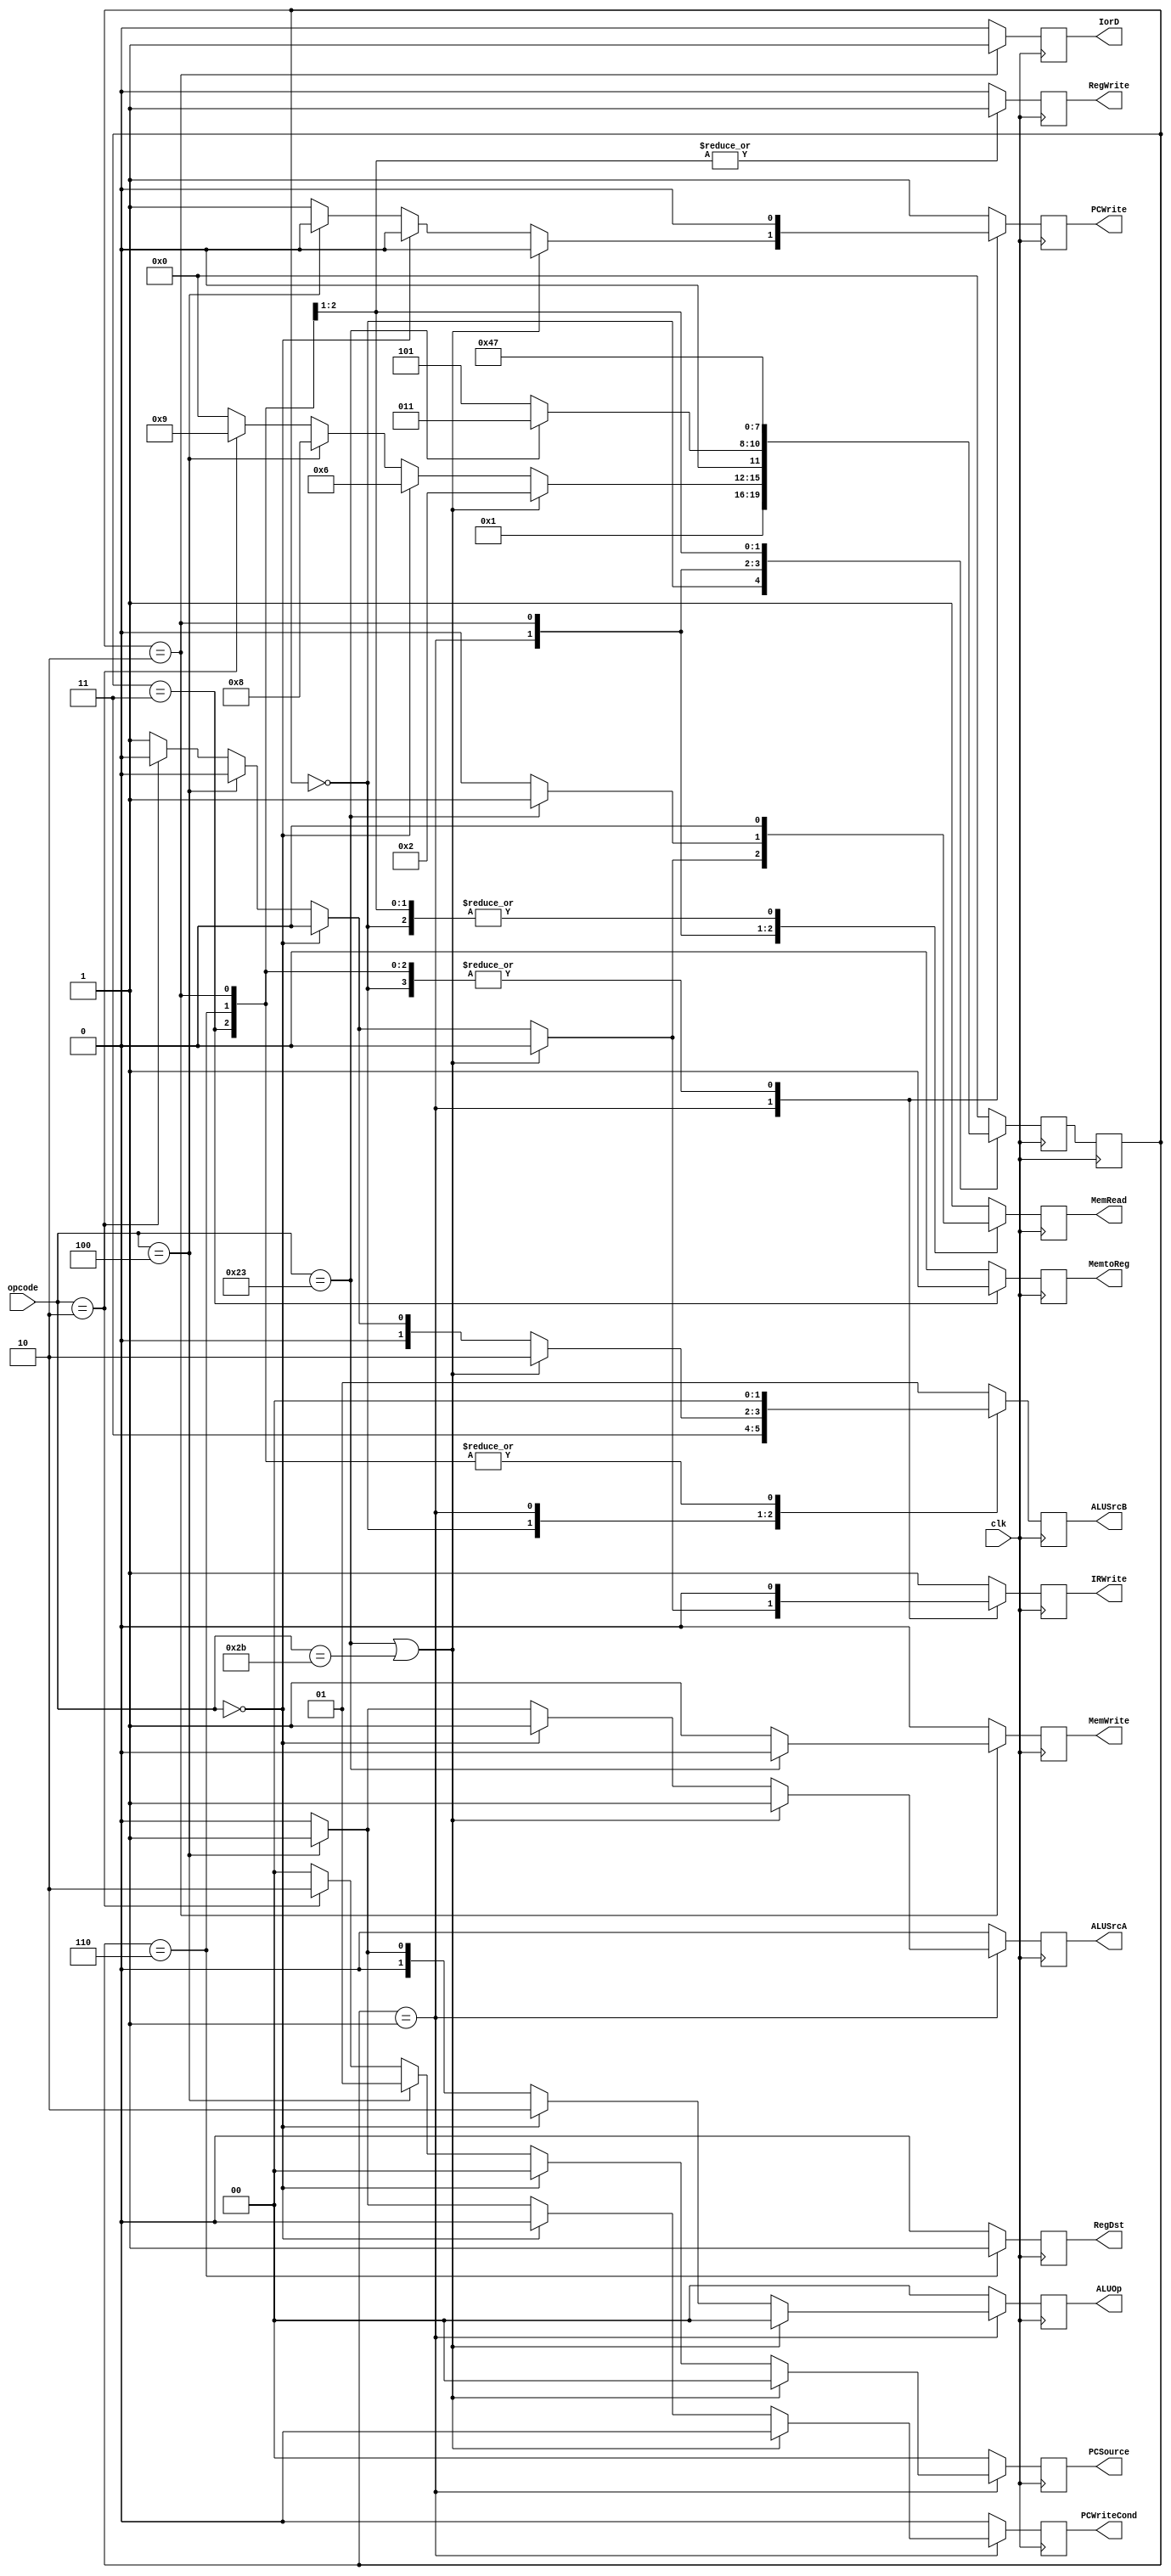

`timescale 1ns / 1ps

module  control(
    output reg PCWriteCond, PCWrite, IorD, MemRead, MemWrite, MemtoReg, IRWrite, RegDst,RegWrite,ALUSrcA, output reg [1:0] ALUSrcB,ALUOp,PCSource, input [5:0] opcode , input clk
    );

    //define 10 possible states in a finite state machine and their corresponding values

    parameter S0 = 4'b0000; //instruction fetch
    parameter S1 = 4'b0001; //instruction decode
    parameter S2 = 4'b0010; //Memory address calculation
    parameter S3 = 4'b0011; //Memory read
    parameter S4 = 4'b0100; //Write back to register file
    parameter S5 = 4'b0101; //Memory write
    parameter S6 = 4'b0110; //Execution
    parameter S7 = 4'b0111; //R type completion
    parameter S8 = 4'b1000; //Branch completion
    parameter S9 = 4'b1001; //Jump completion

    //define the current state and the next state
    reg [3:0] state, nextState;

    //initialize the state
    initial begin
        state = S0;
        nextState = S0;
        PCWriteCond = 0;
        PCWrite = 1;
        IorD = 0;
        MemRead = 1;
        MemWrite = 0;
        MemtoReg = 0;
        IRWrite = 1;
        RegDst = 0;
        RegWrite = 0;
        ALUSrcA = 0;
        ALUSrcB = 2'b01;
        ALUOp = 2'b00;
        PCSource = 2'b00;
        
    end

    //define the state transition logic
    always @(posedge clk) begin
        state <= nextState;
    end

    //define the next state logic

    //OPCODE: 000000 = R-type, 000100 = beq, 100011 = lw, 101011 = sw , 000010 = j

    always @(negedge clk) begin
        case (state)
            S0: begin
                nextState = S1;                
                PCWriteCond = 0;
                PCWrite = 0;
                IorD = 0;
                MemRead = 0;
                MemWrite = 0;
                MemtoReg = 0;
                IRWrite = 0;
                RegDst = 0;
                RegWrite = 0;
                ALUSrcA = 0;
                ALUSrcB = 2'b11;
                ALUOp = 2'b00;
                PCSource = 2'b00;
            end
            S1: begin
                
                if (opcode == 6'b100011 | opcode == 6'b101011) begin
                    nextState = S2;
                    PCWriteCond = 0;
                    PCWrite = 0;
                    IorD = 0;
                    MemRead = 0;
                    MemWrite = 0;
                    MemtoReg = 0;
                    IRWrite = 0;
                    RegDst = 0;
                    RegWrite = 0;
                    ALUSrcA = 1;
                    ALUSrcB = 2'b10;
                    ALUOp = 2'b00;
                    PCSource = 2'b00;
                end
                else if (opcode == 6'b000000) begin
                    nextState = S6;
                    PCWriteCond = 0;
                    PCWrite = 0;
                    IorD = 0;
                    MemRead = 0;
                    MemWrite = 0;
                    MemtoReg = 0;
                    IRWrite = 0;
                    RegDst = 0;
                    RegWrite = 0;
                    ALUSrcA = 1;
                    ALUSrcB = 2'b00;
                    ALUOp = 2'b10;
                    PCSource = 2'b00;
                    
                end
                else if (opcode == 6'b000100) begin
                    nextState = S8;
                    PCWriteCond = 1;
                    PCWrite = 0;
                    IorD = 0;
                    MemRead = 0;
                    MemWrite = 0;
                    MemtoReg = 0;
                    IRWrite = 0;
                    RegDst = 0;
                    RegWrite = 0;
                    ALUSrcA = 1;
                    ALUSrcB = 2'b00;
                    ALUOp = 2'b01;
                    PCSource = 2'b01;
                    
                end
                else if (opcode == 6'b000010) begin
                    nextState = S9;
                    PCWriteCond = 0;
                    PCWrite = 1;
                    IorD = 0;
                    MemRead = 0;
                    MemWrite = 0;
                    MemtoReg = 0;
                    IRWrite = 0;
                    RegDst = 0;
                    RegWrite = 0;
                    ALUSrcA = 0;
                    ALUSrcB = 2'b00;
                    ALUOp = 2'b00;
                    PCSource = 2'b10;
                end
                else begin
                    nextState = S0;
                    PCWriteCond = 0;
                    PCWrite = 1;
                    IorD = 0;
                    MemRead = 1;
                    MemWrite = 0;
                    MemtoReg = 0;
                    IRWrite = 1;
                    RegDst = 0;
                    RegWrite = 0;
                    ALUSrcA = 0;
                    ALUSrcB = 2'b01;
                    ALUOp = 2'b00;
                    PCSource = 2'b00;
                end
            end
            S2: begin
                if (opcode == 6'b100011) begin
                    nextState = S3;
                    PCWriteCond = 0;
                    PCWrite = 0;
                    IorD = 1;
                    MemRead = 1;
                    MemWrite = 0;
                    MemtoReg = 0;
                    IRWrite = 0;
                    RegDst = 0;
                    RegWrite = 0;
                    ALUSrcA = 0;
                    ALUSrcB = 2'b00;
                    ALUOp = 2'b00;
                    PCSource = 2'b00;
                end
                else begin
                    nextState = S5;
                    PCWriteCond = 0;
                    PCWrite = 0;
                    IorD = 1;
                    MemRead = 0;
                    MemWrite = 1;
                    MemtoReg = 0;
                    IRWrite = 0;
                    RegDst = 0;
                    RegWrite = 0;
                    ALUSrcA = 0;
                    ALUSrcB = 2'b00;
                    ALUOp = 2'b00;
                    PCSource = 2'b00;
                end
            end
            S3: begin
                nextState = S4;
                PCWriteCond = 0;
                PCWrite = 0;
                IorD = 0;
                MemRead = 0;
                MemWrite = 0;
                MemtoReg = 1;
                IRWrite = 0;
                RegDst = 0;
                RegWrite = 1;
                ALUSrcA = 0;
                ALUSrcB = 2'b00;
                ALUOp = 2'b00;
                PCSource = 2'b00;

            end
            S4: begin
                nextState = S0;
                PCWriteCond = 0;
                PCWrite = 1;
                IorD = 0;
                MemRead = 1;
                MemWrite = 0;
                MemtoReg = 0;
                IRWrite = 1;
                RegDst = 0;
                RegWrite = 0;
                ALUSrcA = 0;
                ALUSrcB = 2'b01;
                ALUOp = 2'b00;
                PCSource = 2'b00;

            end

            S5: begin
                nextState = S0;
                PCWriteCond = 0;
                PCWrite = 1;
                IorD = 0;
                MemRead = 1;
                MemWrite = 0;
                MemtoReg = 0;
                IRWrite = 1;
                RegDst = 0;
                RegWrite = 0;
                ALUSrcA = 0;
                ALUSrcB = 2'b01;
                ALUOp = 2'b00;
                PCSource = 2'b00;
       
            end

            S6: begin
                nextState = S7;
                PCWriteCond = 0;
                PCWrite = 0;
                IorD = 0;
                MemRead = 0;
                MemWrite = 0;
                MemtoReg = 0;
                IRWrite = 0;
                RegDst = 1;
                RegWrite = 1;
                ALUSrcA = 0;
                ALUSrcB = 2'b00;
                ALUOp = 2'b00;
                PCSource = 2'b00;
                
            end

            S7: begin
                nextState = S0;
                PCWriteCond = 0;
                PCWrite = 1;
                IorD = 0;
                MemRead = 1;
                MemWrite = 0;
                MemtoReg = 0;
                IRWrite = 1;
                RegDst = 0;
                RegWrite = 0;
                ALUSrcA = 0;
                ALUSrcB = 2'b01;
                ALUOp = 2'b00;
                PCSource = 2'b00;
            
            end

            S8: begin
                nextState = S0;
                PCWriteCond = 0;
                PCWrite = 1;
                IorD = 0;
                MemRead = 1;
                MemWrite = 0;
                MemtoReg = 0;
                IRWrite = 1;
                RegDst = 0;
                RegWrite = 0;
                ALUSrcA = 0;
                ALUSrcB = 2'b01;
                ALUOp = 2'b00;
                PCSource = 2'b00;
                
            end

            S9: begin
                nextState = S0;
                PCWriteCond = 0;
                PCWrite = 1;
                IorD = 0;
                MemRead = 1;
                MemWrite = 0;
                MemtoReg = 0;
                IRWrite = 1;
                RegDst = 0;
                RegWrite = 0;
                ALUSrcA = 0;
                ALUSrcB = 2'b01;
                ALUOp = 2'b00;
                PCSource = 2'b00;

                
             end
                
             default: begin
             nextState=S0;
             PCWriteCond = 0;
             PCWrite = 1;
             IorD = 0;
             MemRead = 1;
             MemWrite = 0;
             MemtoReg = 0;
             IRWrite = 1;
             RegDst = 0;
             RegWrite = 0;
             ALUSrcA = 0;
             ALUSrcB = 2'b01;
             ALUOp = 2'b00;
             PCSource = 2'b00;
             end

        endcase

    end

endmodule